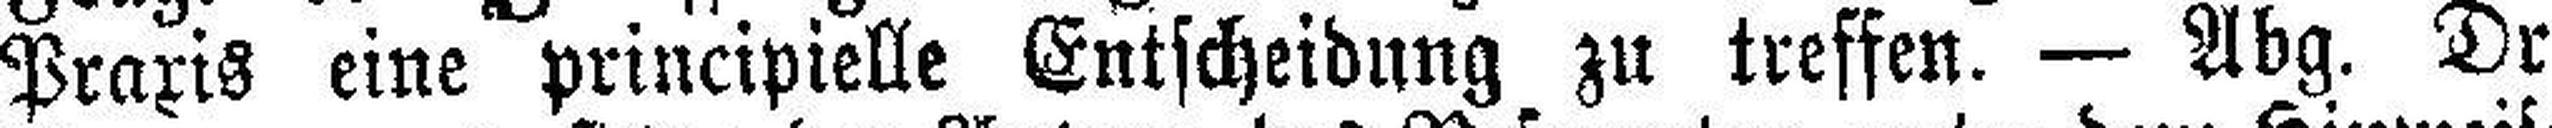
Praxis eine principielle Entscheidung zu treffen. — Abg. Dr